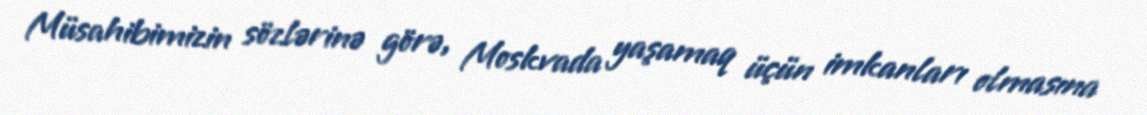
Müsahibimizin sözlərinə görə, Moskvada yaşamaq üçün imkanları olmasına